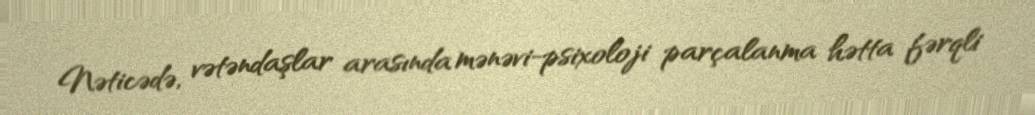
Nəticədə, vətəndaşlar arasında mənəvi-psixoloji parçalanma hətta fərqli